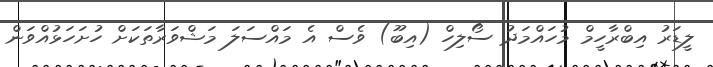
ލީޑަރު އިބްރާހީމް މުހައްމަދު ސޯލިހް (އިބޫ) ވެސް އެ މައްސަލަ މަޝްވަރާތަކަށް ހުށަހަޅުއްވަން